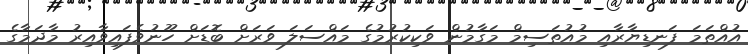
އުއްތަމަ ފަނޑިޔާރާއި މުއުތަސިމް މަގާމުން ވަކިކުރުމުގެ މައްސަލަ ވަރަށް ބޮޑަށް ހޫނުވެފައިވާއިރު މާދަމާގެ